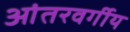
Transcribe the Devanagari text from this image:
आंतरवर्गीय